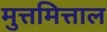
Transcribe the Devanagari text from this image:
मुत्तमित्ताल